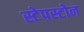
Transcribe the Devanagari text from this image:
स्टेपस्टोन